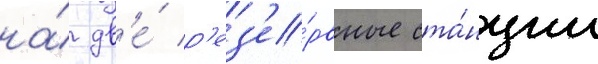
на́ дв'е́ р'ез'е́рвные ста́нции